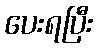
ပေးရပြီး